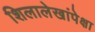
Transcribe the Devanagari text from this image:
शिलालेखांपेक्षा